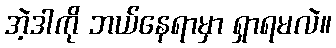
အဲ့ဒါကို ဘယ်နေရာမှာ ရှာရမလဲ။